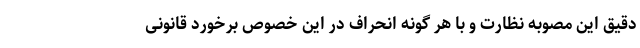
دقیق این مصوبه نظارت و با هر گونه انحراف در این خصوص برخورد قانونی